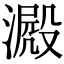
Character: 𣾮